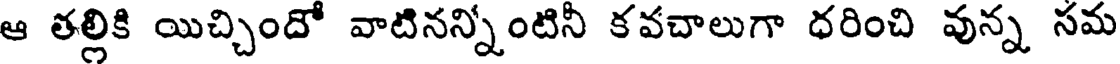
ఆ తల్లికి యిచ్చిందో వాటినన్నింటిని కవచాలుగా ధరించి వున్న సమ